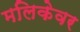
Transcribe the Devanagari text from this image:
मलिकेवर